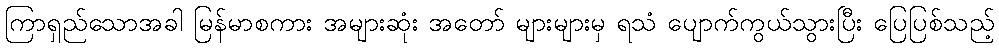
ကြာရှည်သောအခါ မြန်မာစကား အများဆုံး အတော် များများမှ ရသံ ပျောက်ကွယ်သွားပြီး ပြေပြစ်သည့်